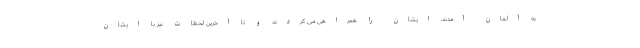
به آلمان آمدند، ایشان را همراهی می کردند و تا آخرین لحظات نیز با ایشان